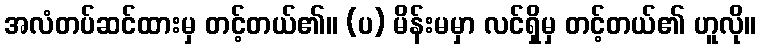
အလံတပ်ဆင်ထားမှ တင့်တယ်၏။ (ပ) မိန်းမမှာ လင်ရှိမှ တင့်တယ်၏ ဟူလို။